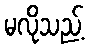
မလိုသည့်